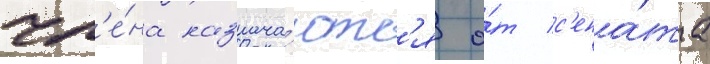
чл'е́на назнача́ютс'я о́т с'ена́та